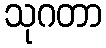
သုဂတာ